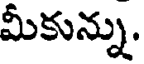
మీకున్ను.